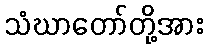
သံဃာတော်တို့အား